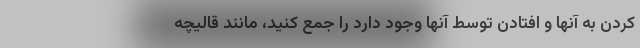
کردن به آنها و افتادن توسط آنها وجود دارد را جمع کنید، مانند قالیچه